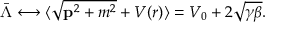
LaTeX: { \bar { \Lambda } } \longleftrightarrow \langle { \sqrt { { \bf p } ^ { 2 } + m ^ { 2 } } } + V ( r ) \rangle = V _ { 0 } + 2 { \sqrt { \gamma \beta } } .